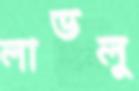
লাভলু